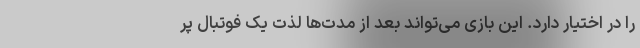
را در اختیار دارد. این بازی می‌تواند بعد از مدت‌ها لذت یک فوتبال پر